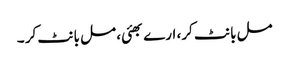
مل بانٹ کر، ارے بھئی، مل بانٹ کر ۔